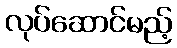
လုပ်ဆောင်မည့်